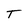
Character: T